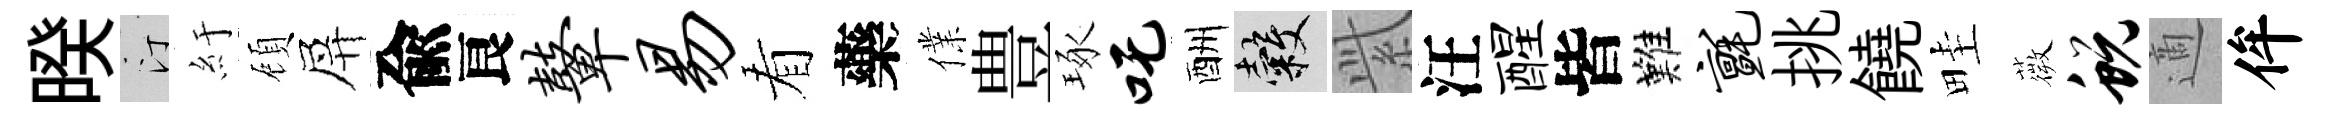
暌汀紆頋屏兪良鼙易看藥㒒豊琢吒酬穀𬗋汪醒皆難毡挑饒畦薇蜕適侔